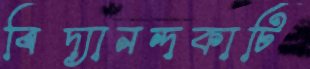
বিদ্যানন্দকাটি